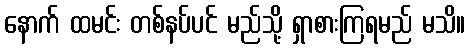
နောက် ထမင်း တစ်နပ်ပင် မည်သို့ ရှာစားကြရမည် မသိ။